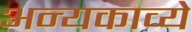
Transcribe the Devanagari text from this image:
अन्यकाव्ये